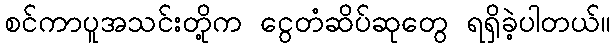
စင်ကာပူအသင်းတို့က ငွေတံဆိပ်ဆုတွေ ရရှိခဲ့ပါတယ်။